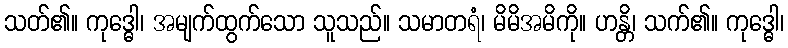
သတ်၏။ ကုဒ္ဓေါ၊ အမျက်ထွက်သော သူသည်။ သမာတရံ၊ မိမိအမိကို။ ဟန္တိ၊ သက်၏။ ကုဒ္ဓေါ၊